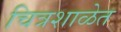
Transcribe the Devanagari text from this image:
चित्रशाळेत